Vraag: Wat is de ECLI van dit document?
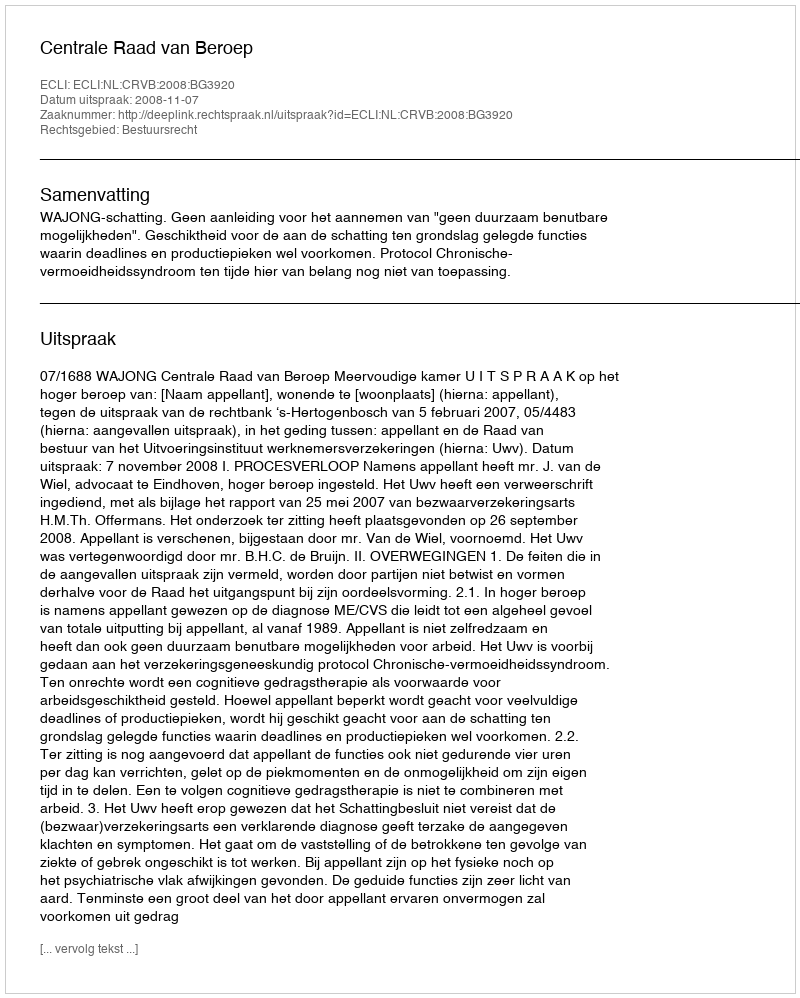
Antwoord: ECLI:NL:CRVB:2008:BG3920